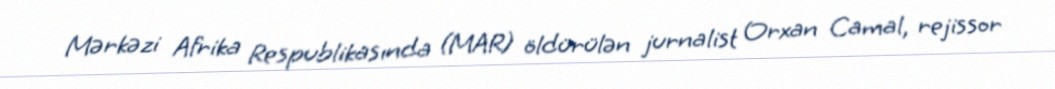
Mərkəzi Afrika Respublikasında (MAR) öldürülən jurnalist Orxan Camal, rejissor